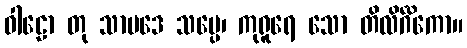
ဝါဠော တု သာပဒေ သပ္ပေ၊ ကုရူရေ သော တိလိင်္ဂိကော။